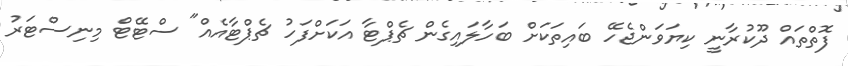
ފޮތްތައް ދޫކުރާނީ ކިޔަވަންޖެހޭ ބައިތަކަށް ބަހާލައިގެން ޗެޕްޓާ އަކަށްފަހު ޗެޕްޓާއެއް" ސްޓޭޓް މިނިސްޓަރު